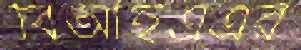
বিআইএএর